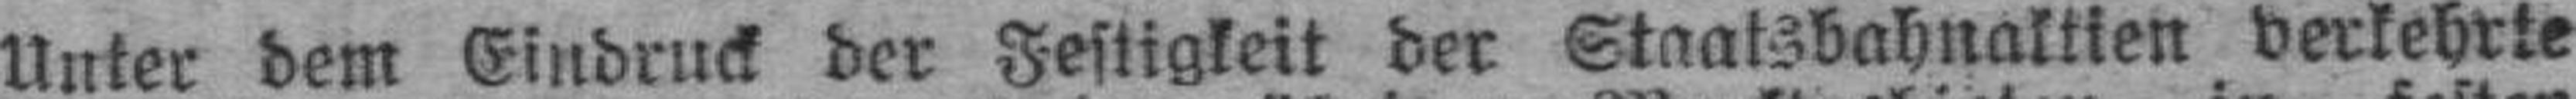
Unter dem Eindruck der Festigkeit der Staatsbahnaktien verkehrte